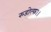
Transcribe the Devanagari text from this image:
रुडोल्फ।।